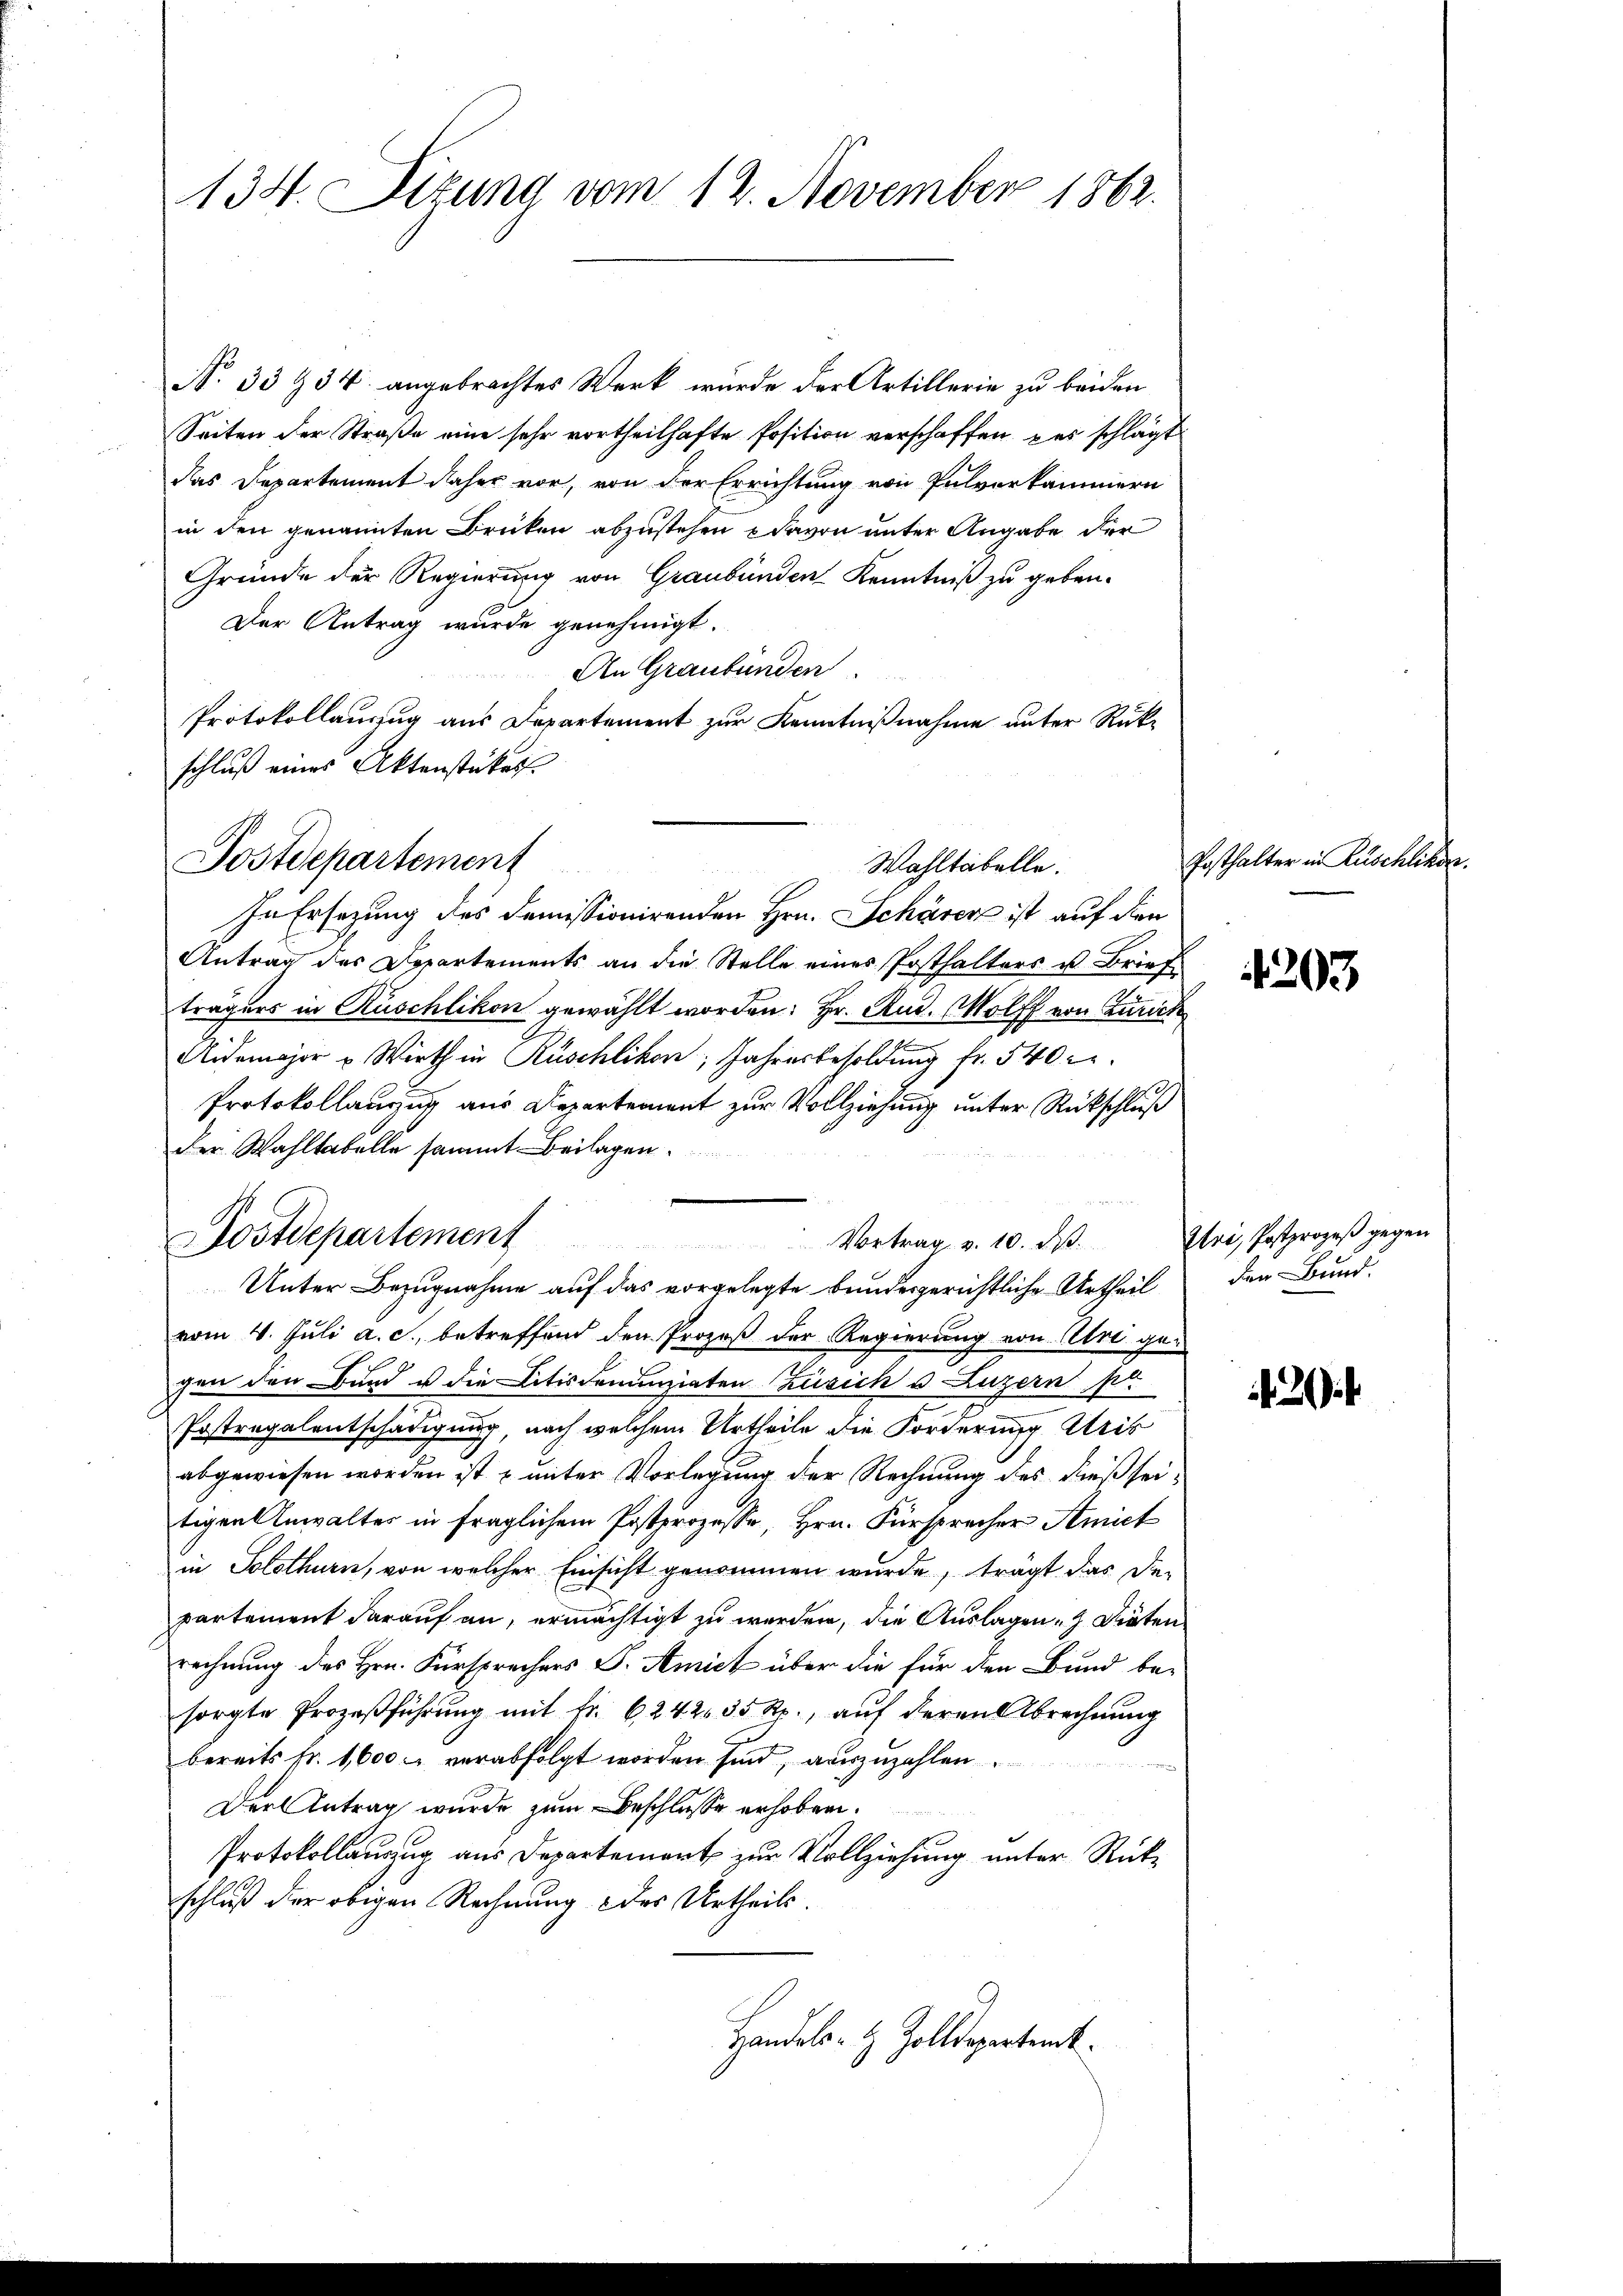
N. 33 934 angebrachtes Werk wurde der Artillerie zu beiden
Seiten der Straße eine sehr vortheilhafte Position verschaffen, das schlägt
das Departement daher vor, von der Errichtung von Pulverkammern
in den genannten Brüken abzustehen davon unter Angabe der
Gründe der Regierung von Graubünden Kenntniß zu geben.
Der Antrag wurde genehmigt.
An Graubünden.
Protokollauszug aus Departement zur Kenntnißnahme unter Rück-
schluß eines Aktenstückes.

134. Dizung vom 12. November 1862.

Antrag des Departements an die Stelle eines Posthalters u. Brief
trägers in Rüschlikon gewählt worden. Hr. Rud. Wolff von Zürich
Aidemajor u. Wirth in Rüschlikon, Jahresbesoldung fr. 540 r
Protokollauszug aus Departement zur Vollziehung unter Rückschluß
der Wahltabelle sammt Beilagen.
Unter Bezugnahme auf das vorgelegte bundesgerichtliche Urtheil
vom 4. Juli a. c., betreffend den Prozeß der Regierung von Uri gegen den Bund u. die Litis donanziaten Zusich u. Luzern pr
Postregalentschädigung, nach welchem Urtheile die Forderung Aris
abgewiesen worden ist & unter Vorlegung der Rechnung des dießseitigen Anwaltes in fraglichem Postprozesse, Hrn. Fürsprecher Amiet
in Solothurn, von welcher Einsicht genommen wurde, trägt das der
partement darauf an, ermächtigt zu werden, die Auslagen. Diäten
rechnung des Hrn. Fürsprechers S. Amich über die für den Bund be-
sorgte Prozeβführŭng mit fr. 6242. 35 Rp., auf deren Abrechnung
bereits fr. 1600 verabfolgt worden sind, auszuzahlen.
Der Antrag wurde zum Beschlusse erhoben.
Protokollauszug aus Departement zur Vollziehung unter Rückschluß der obigen Rechnung des Urtheils.
Handels- & Zolldepartenk

Postdepartement
Wahltabelle.

In Ersetzung des domissionirenden Hrn. Schärer ist auf den

Dostdepartement

Vortrag v. 10. d. Uri, Postprozeß gegen

Posthalter in Zuschlikon.

den Bund.

2